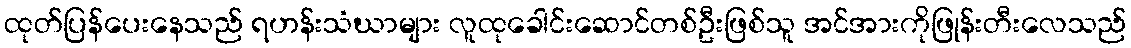
ထုတ်ပြန်ပေးနေသည် ရဟန်းသံဃာများ လူထုခေါင်းဆောင်တစ်ဦးဖြစ်သူ အင်အားကိုဖြုန်းတီးလေသည်